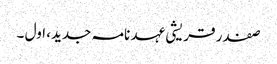
صفدر قریشی عہد نامہ جدید، اول ۔